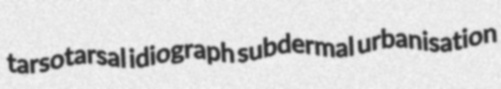
tarsotarsal idiograph subdermal urbanisation